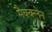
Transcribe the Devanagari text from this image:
मैक्क्लेन